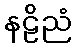
နဠိညံ